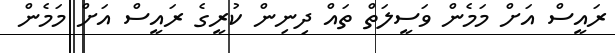
ރައީސް އަށް މަމެން ވަސީލަތް ތައް ދިނިން ކުރީގެ ރައީސް އަށް މަމެން